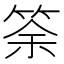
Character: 筡